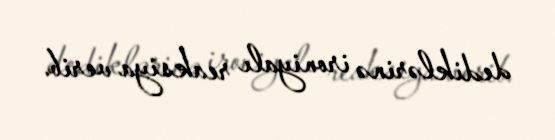
dediklərinə ironiyalı reaksiya verib.